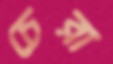
চেরা